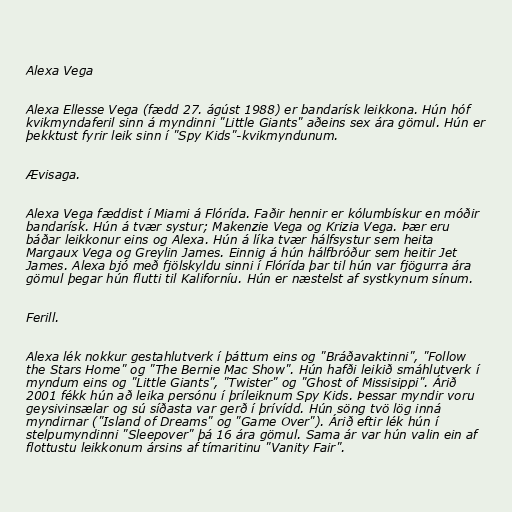
Alexa Vega

Alexa Ellesse Vega (fædd 27. ágúst 1988) er bandarísk leikkona. Hún hóf
kvikmyndaferil sinn á myndinni "Little Giants" aðeins sex ára gömul. Hún er
þekktust fyrir leik sinn í "Spy Kids"-kvikmyndunum.

Ævisaga.

Alexa Vega fæddist í Miami á Flórída. Faðir hennir er kólumbískur en móðir
bandarísk. Hún á tvær systur; Makenzie Vega og Krizia Vega. Þær eru
báðar leikkonur eins og Alexa. Hún á líka tvær hálfsystur sem heita
Margaux Vega og Greylin James. Einnig á hún hálfbróður sem heitir Jet
James. Alexa bjó með fjölskyldu sinni í Flórída þar til hún var fjögurra ára
gömul þegar hún flutti til Kaliforníu. Hún er næstelst af systkynum sínum.

Ferill.

Alexa lék nokkur gestahlutverk í þáttum eins og "Bráðavaktinni", "Follow
the Stars Home" og "The Bernie Mac Show". Hún hafði leikið smáhlutverk í
myndum eins og "Little Giants", "Twister" og "Ghost of Missisippi". Árið
2001 fékk hún að leika persónu í þríleiknum Spy Kids. Þessar myndir voru
geysivinsælar og sú síðasta var gerð í þrívídd. Hún söng tvö lög inná
myndirnar ("Island of Dreams" og "Game Over"). Árið eftir lék hún í
stelpumyndinni "Sleepover" þá 16 ára gömul. Sama ár var hún valin ein af
flottustu leikkonum ársins af tímaritinu "Vanity Fair".